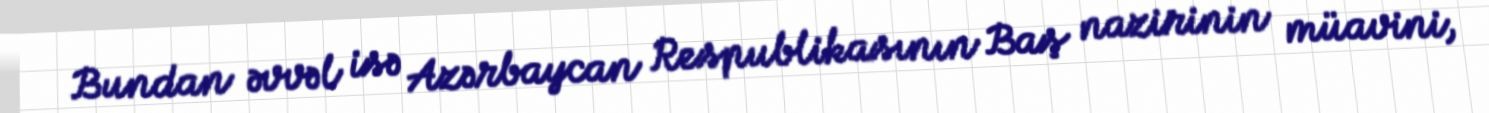
Bundan əvvəl isə Azərbaycan Respublikasının Baş nazirinin müavini,